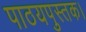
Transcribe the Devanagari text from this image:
पाठयपुस्तक।